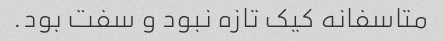
متاسفانه کیک تازه نبود و سفت بود.